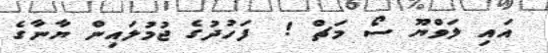
އައި ލަވްޔޫ ސޯ މަޗް !  ފަހުދުގެ ޖުމުލައިން ޔާނާގެ